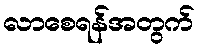
လာစေရန်အတွက်